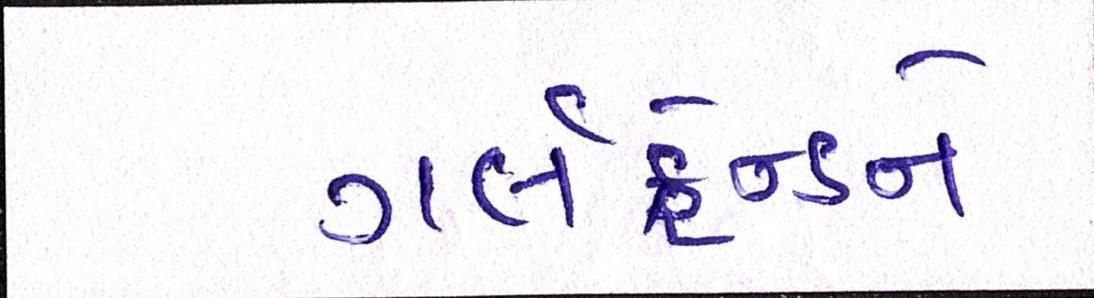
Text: ગર્લફ્રેન્ડને